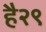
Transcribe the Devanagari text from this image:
है२९